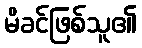
မိခင်ဖြစ်သူ၏